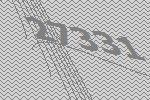
27331